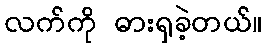
လက်ကို ဓားရှခဲ့တယ်။